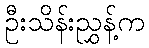
ဦးသိန်းညွှန့်က